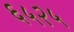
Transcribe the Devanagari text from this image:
६५२५